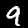
Label: 9